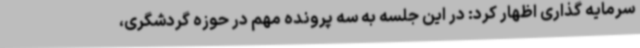
سرمایه گذاری اظهار کرد: در این جلسه به سه پرونده مهم در حوزه گردشگری،